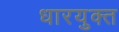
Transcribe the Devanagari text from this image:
धारयुक्त